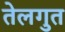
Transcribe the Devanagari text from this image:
तेलगुत